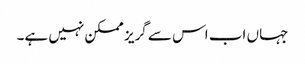
جہاں اب اس سے گریز ممکن نہیں ہے۔